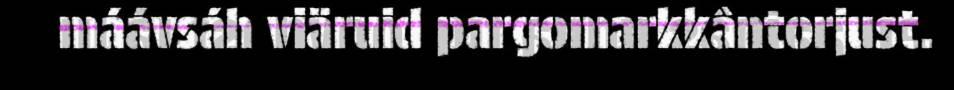
máávsáh viäruid pargomarkkântorjust.